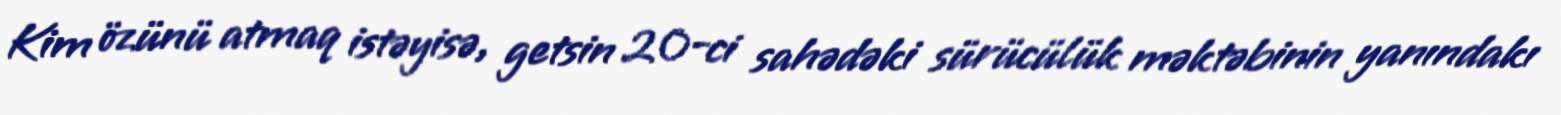
Kim özünü atmaq istəyisə, getsin 20-ci sahədəki sürücülük məktəbinin yanındakı